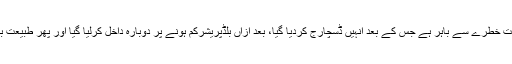
اسپتال ذرائع کا کہنا ہے کہ ڈی آئی جی کی حالت خطرے سے باہر ہے جس کے بعد انہیں ڈسچارج کردیا گیا، بعد ازاں بلڈپریشرکم ہونے پر دوبارہ داخل کرلیا گیا اور پھر طبیعت بہتر ہونے پر انہیں دوبارہ گھر منتقل کردیا گیا۔